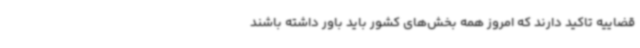
قضاییه تاکید دارند که امروز همه بخش‌های کشور باید باور داشته باشند